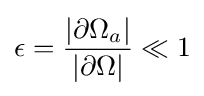
\epsilon ={\frac {|\partial \Omega _{a}|}{|\partial \Omega |}}\ll 1